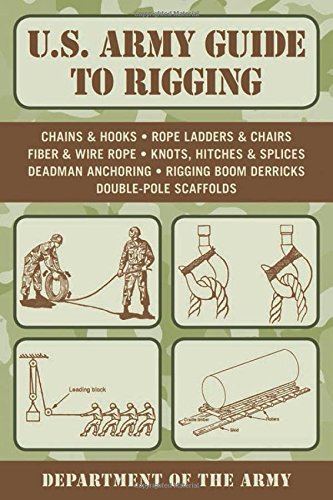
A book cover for U.S. Army Guide to Rigging; Army; Crafts, Hobbies & Home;